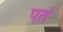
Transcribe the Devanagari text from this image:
पतं